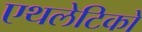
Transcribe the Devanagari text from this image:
एथलेटिकों